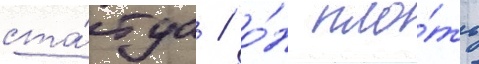
ста́туа / о́н пло́ть